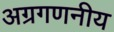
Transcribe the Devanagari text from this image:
अग्रगणनीय